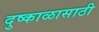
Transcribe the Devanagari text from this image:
दुष्काळासाठी